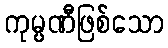
ကုမ္ပဏီဖြစ်သော